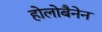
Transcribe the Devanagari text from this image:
होलोबैनेन